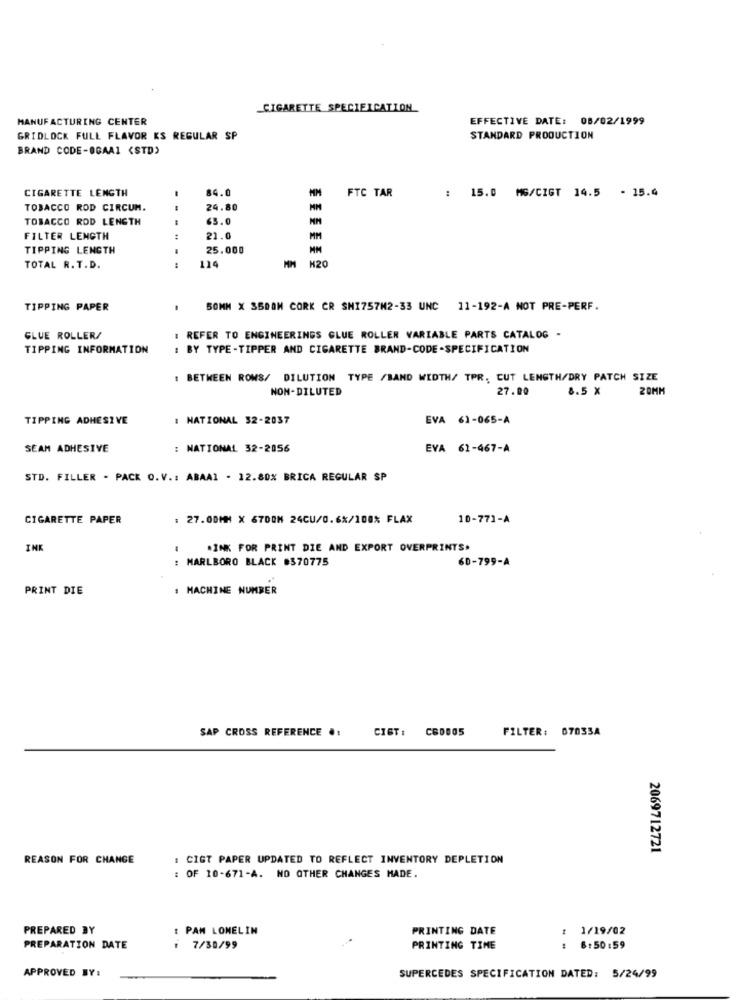
CIGARETTE SPECIFICATION
MANUFACTURING CENTER
EFFECTIVE DATE: 08/02/1999
GRIDLOCK FULL FLAVOR KS REGULAR SP
STANDARD PRODUCTION
BRAND CODE-OGAAI <STD)
CIGARETTE LENGTH
84.0
MM
FTC TAR
: 15.0 MG/CIGT 14.5 - 15.4
TOBACCO ROD CIRCUM.
24.80
TOBACCO ROD LENGTH
63.0
FILTER LENGTH
21.0
MM
TIPPING LENGTH
25.000
TOTAL R. T.D.
---
124
MM H20
TIPPING PAPER
SOMM X SSDOM CORK CR SHI757M2-33 UNC 11-192-A NOT PRE-PERF.
GLUE ROLLER/
: REFER TO ENGINEERINGS GLUE ROLLER VARIABLE PARTS CATALOG -
TIPPING INFORMATION
BY TYPE-TIPPER AND CIGARETTE BRAND-CODE -SPECIFICATION
: BETWEEN ROWS/ DILUTION TYPE /BAND WIDTH/ TPR, CUT LENGTH/DRY PATCH SIZE
NON-DILUTED
27.00
8.5 X
20MM
TIPPING ADHESIVE
: NATIONAL 32-2037
EVA 61-065-A
SEAM ADHESIVE
: NATIONAL 32-2056
EVA 61-467-A
STD. FILLER - PACK O.V .: ABAA1 - 12.80% BRICA REGULAR SP
CIGARETTE PAPER
: 27.00MM X 6700M 24CU/0.6%/100% FLAX
10-771-A
INK
MINK FOR PRINT DIE AND EXPORT OVERPRINTS.
: MARLBORO BLACK #370775
60-799-A
PRINT DIE
: MACHINE NUMBER
SAP CROSS REFERENCE .:
CIST: CB0005
FILTER: 07033A
2069712721
REASON FOR CHANGE
: CIGT PAPER UPDATED TO REFLECT INVENTORY DEPLETION
: OF 10-671-A. NO OTHER CHANGES MADE
PREPARED BY
PAM LOMELIN
PRINTING DATE
:1/19/02
PREPARATION DATE
: 7/30/99
PRINTING TIME
6:50:59
APPROVED BY:
SUPERCEDES SPECIFICATION DATED: 5/24/99